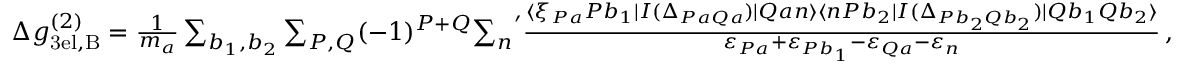
\begin{array} { r } { \Delta g _ { \mathrm { 3 e l , B } } ^ { ( 2 ) } = \frac { 1 } { m _ { a } } \sum _ { b _ { 1 } , b _ { 2 } } \sum _ { P , Q } ( - 1 ) ^ { P + Q } { \sum _ { n } } ^ { \prime } \frac { \langle \xi _ { P a } P b _ { 1 } | I ( \Delta _ { P a Q a } ) | Q a n \rangle \langle n P b _ { 2 } | I ( \Delta _ { P b _ { 2 } Q b _ { 2 } } ) | Q b _ { 1 } Q b _ { 2 } \rangle } { \varepsilon _ { P a } + \varepsilon _ { P b _ { 1 } } - \varepsilon _ { Q a } - \varepsilon _ { n } } \, , } \end{array}